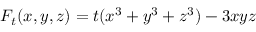
F _ { t } ( x , y , z ) = t ( x ^ { 3 } + y ^ { 3 } + z ^ { 3 } ) - 3 x y z